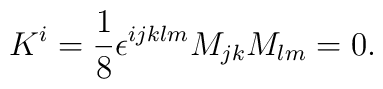
K^i = \frac{1}{8}\epsilon^{ijklm}M_{jk}M_{lm} = 0.